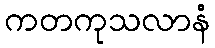
ကတကုသလာနံ